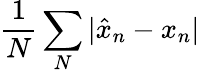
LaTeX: \frac{1}{N}\sum_{N}|\hat{x}_{n}-x_{n}|